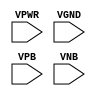
module sky130_fd_sc_hdll__fill (
    VPWR,
    VGND,
    VPB ,
    VNB
);

    input VPWR;
    input VGND;
    input VPB ;
    input VNB ;
endmodule